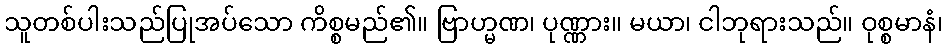
သူတစ်ပါးသည်ပြုအပ်သော ကိစ္စမည်၏။ ဗြာဟ္မဏ၊ ပုဏ္ဏား။ မယာ၊ ငါဘုရားသည်။ ဝုစ္စမာနံ၊